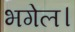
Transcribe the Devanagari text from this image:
भगेल।